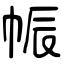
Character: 帪